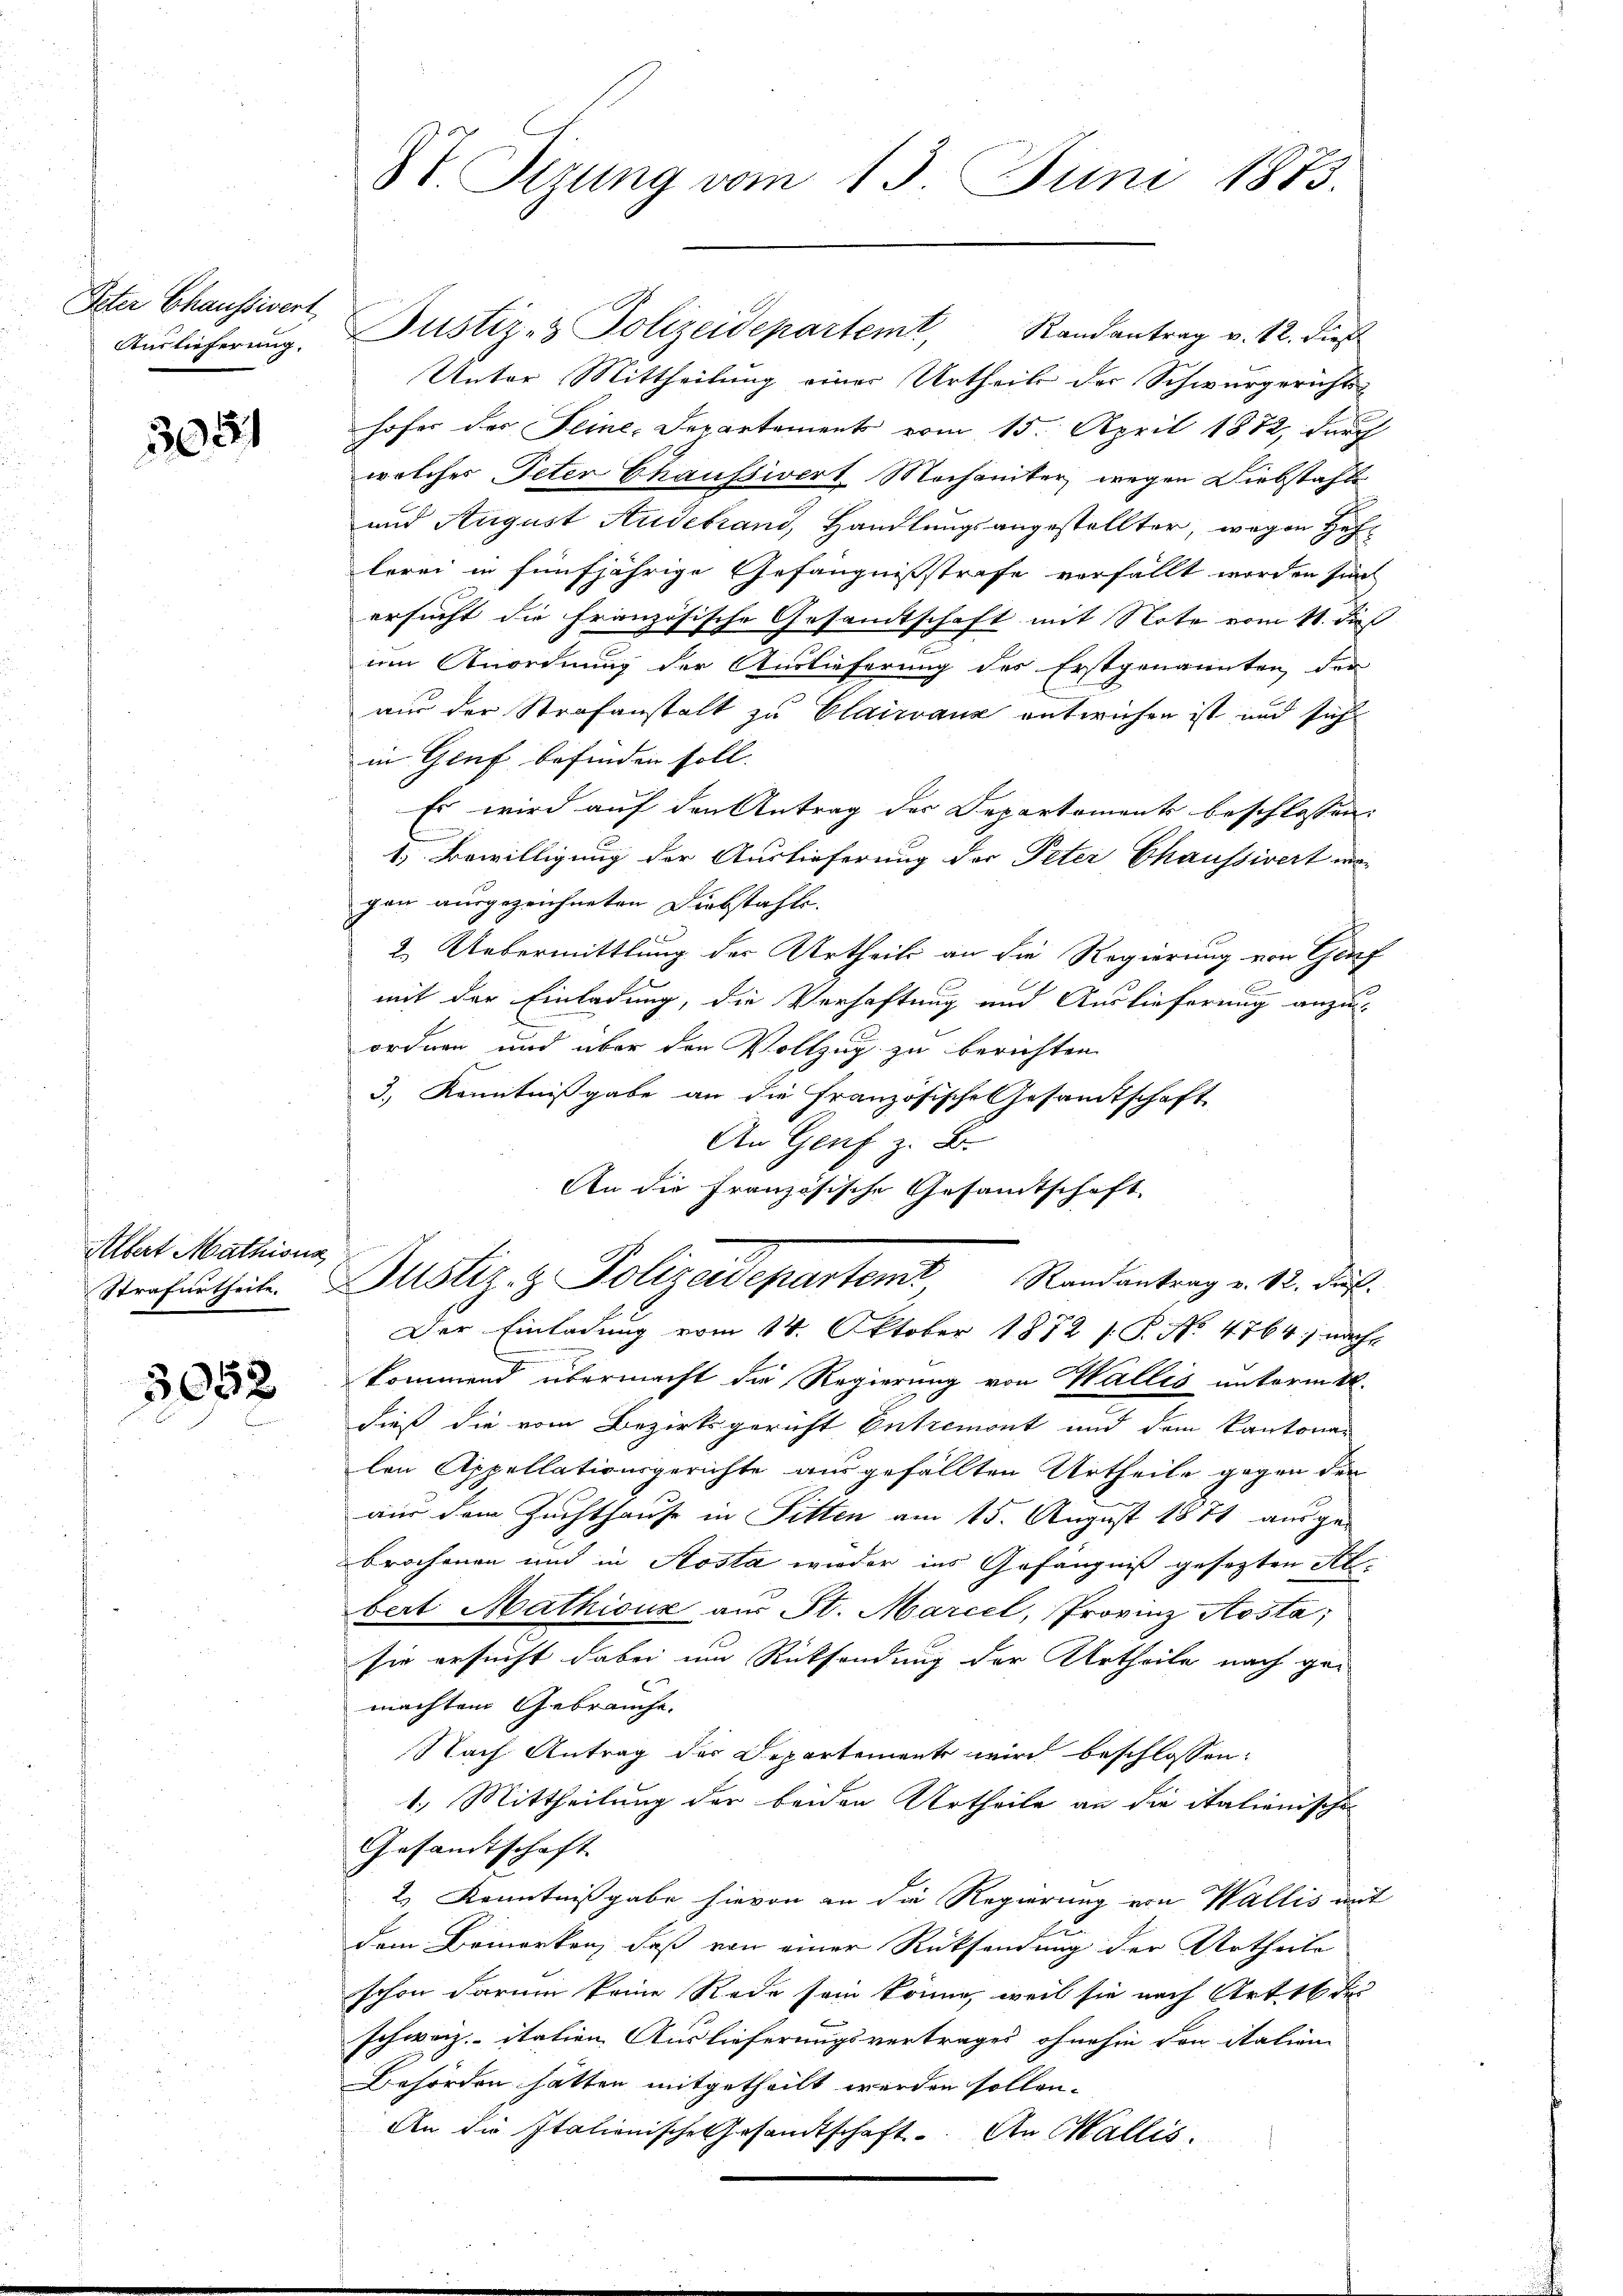
Ister Chaussivert
Auslieferung.

3051

Albert Mathiona

3052

St. Sizung vom 13. Juni 1873.

Bustiz- & Polizeidepartemt, Randantrag v. 12. dieß
Unter Mittheilung einer Urtheils der Schwurgerichtshofer der Seine Departement vom 15. April 1872, durch
welches Peter Chaussiert Mochaniker, wegen Diebstahle
und August Studebrand, Handlungsangestellter, wegen Hoflerei in fünfjährige Gefängnissstrafe verfällt worden sind
ersucht die Französische Gesandtschaft mit Note vom 11. dieß
um Anordnung der Auslieferung des Erstgenannten der
aus der Strafanstalt zu Clairanz entwichen ist und sich
in Genf befinden soll.
Es wird auf den Antrag der Departements beschlossen:
1. Bewilligung der Auslieferung der Peter Chaussivert wo
gan ausgezeichneten Diebstahl.
2.) Uebermittlung der Urtheils an die Regierung von Genf
mit der Einladung, die Verhaftung und Auslieferung anzu-
ordnen und über den Vollzug zu berichten.
3.) Kenntnißgabe an die Französische Gesamtschaft
An Genf z. B.
An die Französische Gesamtschaft
Strafurtheil. Justiz- & Polizeidepartem Randantrag v. 12. ds.
Der Einladung vom 14. Oktober 1872 /: P. No 4764) nachkommend übermacht die Regierung von Wallis unterm 4.
dieß die vom Bezirksgericht Entremont und dem Kantonalen Appellationsgerichte ausgefällten Urtheile gegen der
aus dem Zuchthause in Fitten am 15. August 1871 ausge-
brochenen und in Kosta wieder ins Gefängniß gesezten Al.
bert Mathicus aus St. Marcel, Provinz Aosta;
sie ersucht dabei um Rücksendung der Urtheile nach gemachten Gebrauche.
Nach Antrag der Departement wird beschlossen:
1.) Mittheilung der beiden Urtheile an die italienischen
Gesandtschaft
2) Kenntnißgabe hievon an die Regierung von Wallis mit
E
dem Bemerken, daß von einer Rücksendung der Urtheile
schon darum keine Rede sein könne, weil sie nach Art 16 de
schweiz. itation Auslieferungsvertrages ohnehin den Station
Behörden hätten mitgetheilt werden sollen.
An die Italienische Gesandtschaft. An Wallis.